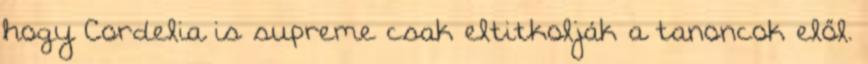
hogy Cordelia is supreme csak eltitkolják a tanoncok elől.